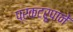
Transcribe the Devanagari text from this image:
प्रकटरूपाने